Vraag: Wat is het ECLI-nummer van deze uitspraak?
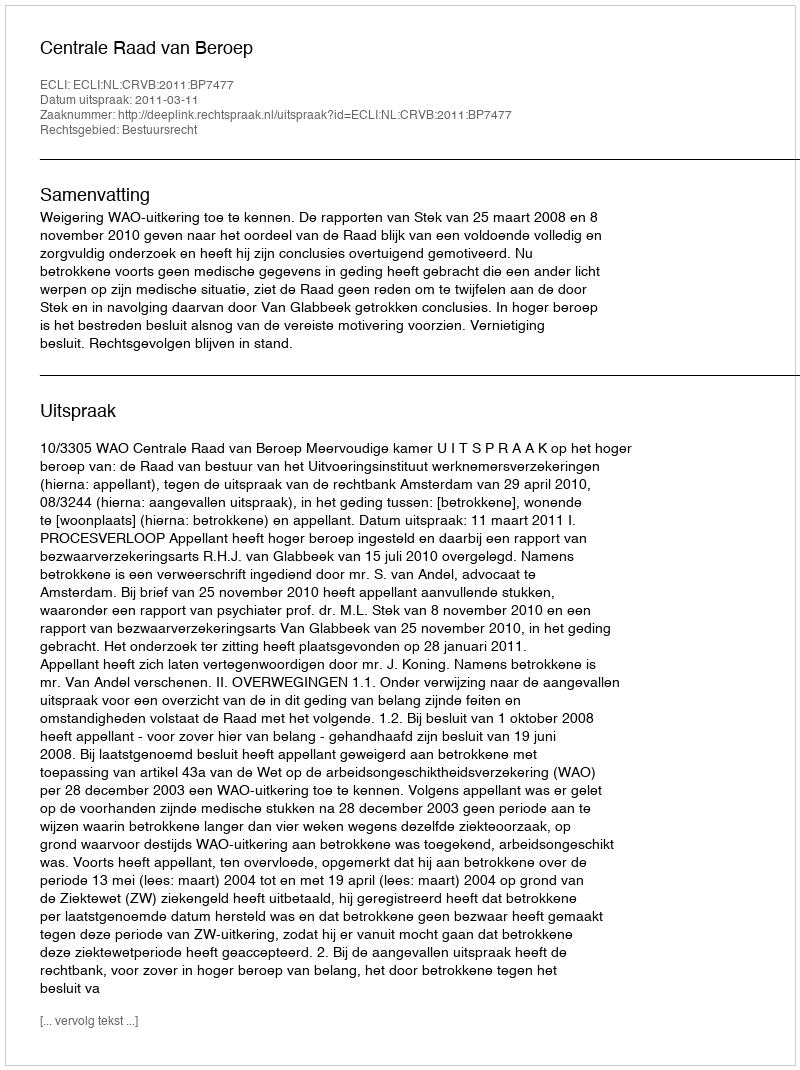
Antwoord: ECLI:NL:CRVB:2011:BP7477